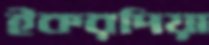
ইকরদিয়া